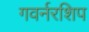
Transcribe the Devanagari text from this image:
गवर्नरशिप